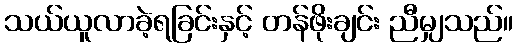
သယ်ယူလာခဲ့ရခြင်းနှင့် တန်ဖိုးချင်း ညီမျှသည်။